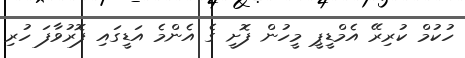
ހުކުމް ކުރިރޭ އެމްޑީޕީ މީހުން ފޮށީ ގެ އެންމެ އަޑީގައި ފޮރުވާފަ ހުރި